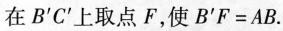
在B^{\prime} C^{\prime}上取点F，使$$B ^ {\prime} F = A B$$.